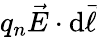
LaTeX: q_{n}{\vec{E}}\cdot\mathrm{d}{\vec{\ell}}